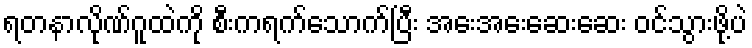
ရတနာလိုဏ်ဂူထဲကို စီးကရက်သောက်ပြီး အေးအေးဆေးဆေး ဝင်သွားဖို့ပဲ